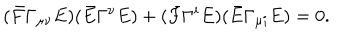
LaTeX: ( \bar { F } \Gamma _ { \mu \nu } E ) ( \bar { E } \Gamma ^ { \nu } E ) + ( \bar { F } \Gamma ^ { i } E ) ( \bar { E } \Gamma _ { \mu i } E ) = 0 .